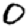
Digit: 0